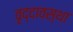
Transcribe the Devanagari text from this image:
वृद्दावस्था